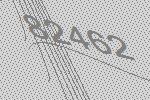
82462